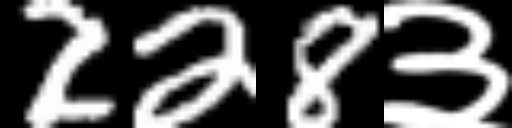
Text: 228३